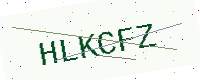
Text: HLKCFZ